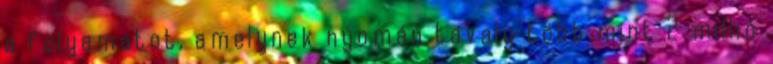
a folyamatot, amelynek nyomán tavaly több mint 2 millió